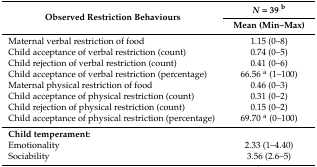
| <ROWSPAN=2> Observed Restriction Behaviours | N = 39 b |
 | Mean (Min–Max) |
 | --- | --- |
 | Maternal verbal restriction of food | 1.15 (0–8) |
 | Child acceptance of verbal restriction (count) | 0.74 (0–5) |
 | Child rejection of verbal restriction (count) | 0.41 (0–6) |
 | Child acceptance of verbal restriction (percentage) | 66.56 a (1–100) |
 | Maternal physical restriction of food | 0.46 (0–3) |
 | Child acceptance of physical restriction (count) | 0.31 (0–2) |
 | Child rejection of physical restriction (count) | 0.15 (0–2) |
 | Child acceptance of physical restriction (percentage) | 69.70 a (0–100) |
 | Child temperament: |  |
 | Emotionality | 2.33 (1–4.40) |
 | Sociability | 3.56 (2.6–5) |